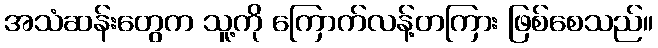
အသံဆန်းတွေက သူ့ကို ကြောက်လန့်တကြား ဖြစ်စေသည်။